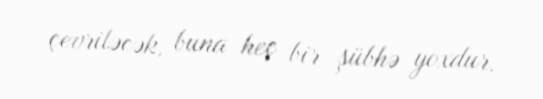
çevriləcək, buna heç bir şübhə yoxdur.